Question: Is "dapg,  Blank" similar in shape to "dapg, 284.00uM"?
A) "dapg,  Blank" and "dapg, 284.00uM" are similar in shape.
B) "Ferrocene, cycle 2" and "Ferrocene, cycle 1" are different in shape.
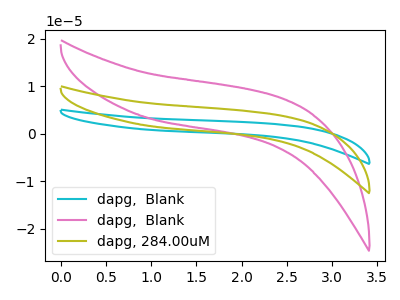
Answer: <think>The cyan curve "dapg,  Blank" has no peaks. The pink curve "dapg,  Blank" has no peaks. The olive curve "dapg, 284.00uM" has no peaks.
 Neither "dapg,  Blank" or "dapg, 284.00uM" have any peaks.</think>
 <answer>A) "dapg,  Blank" and "dapg, 284.00uM" are similar in shape.</answer>
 <eval>A</eval>